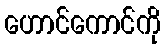
ဟောင်ကောင်ကို